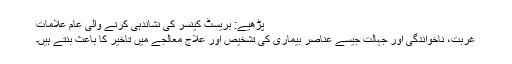
پڑھیے: بریسٹ کینسر کی نشاندہی کرنے والی عام علامات
غربت، ناخواندگی اور جہالت جیسے عناصر بیماری کی تشخیص اور علاج معالجے میں تاخیر کا باعث بنتے ہیں۔